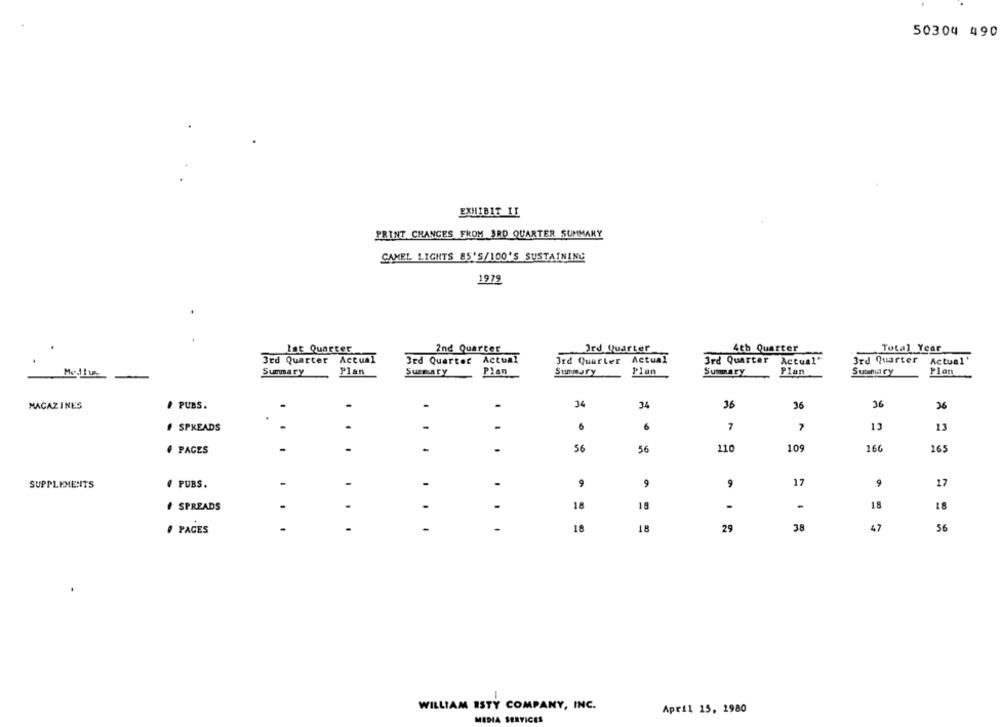
50304 490
EXHIBIT II
PRINT CHANGES FROM 3RD QUARTER SUMMARY
CAMEL LIGHTS 85'S/100'S SUSTAINING
1979
lat Quarter
2nd Quarter
Ord Quarter
4th Quarter
Total Year
3rd Quarter Actual
3rd Quarter Actual
3rd Quarter Actual
3rd Quarter Actual"
3rd Quarter
Actual'
Summary
Plan
Surmary
Plan
Summary
Plan
Plan
Plan
Summary
Suunary
MAGAZINES
# PUBS.
-
34
34
36
36
36
36
SPREADS
-
-
6
7
7
13
# PAGES
-
-
-
56
56
110
109
166
165
SUPPLEMENITS
# PUBS.
-
-
-
-
9
9
9
17
9
17
SPREADS
-
-
18
19
-
18
PAGES
-
-
. .
18
18
29
38
47
56
WILLIAM ISTY COMPANY, INC.
April 15, 1980
MEDIA SERVICES